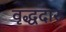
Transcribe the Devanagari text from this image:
वृद्धदारु